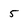
Character: 5